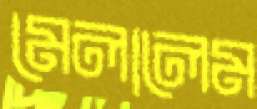
মেলালেম